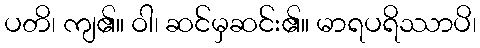
ပတိ၊ ကျ၏။ ဝါ၊ ဆင်မှဆင်း၏။ မာရပရိဿာပိ၊